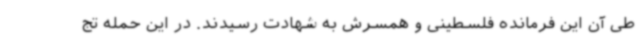
طی آن این فرمانده فلسطینی و همسرش به شهادت رسیدند. در این حمله تج